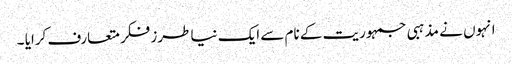
انہوں نے مذہبی جمہوریت کے نام سے ایک نیا طرز فکر متعارف کرایا ۔